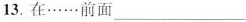
13.在……前面___